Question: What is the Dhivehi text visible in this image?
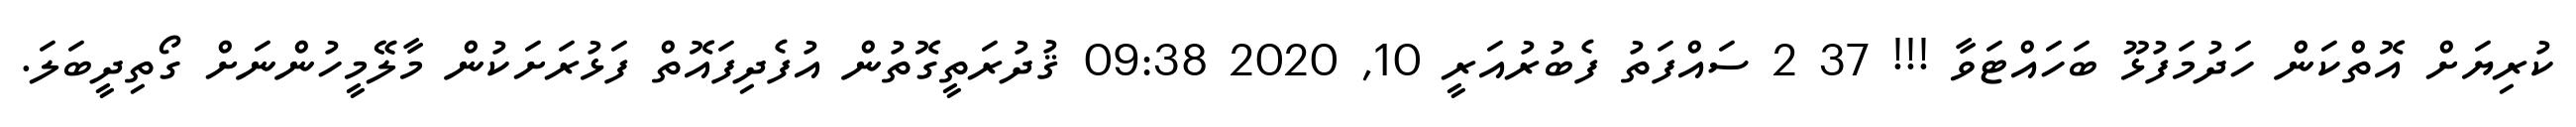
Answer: ކުރިޔަށް އޮތްކަން ހަދުމަފުޅޫ ބަހައްޓަވާ !!! 37 2 ސައްފަތު ފެބުރުއަރީ 10, 2020 09:38 ޤުދުރަތީގޮތުން އުފެދިފައޮތް ފަޅުރަށަކުން މާލޭމީހުންނަށް ގޯތިދީބަލަ.